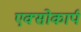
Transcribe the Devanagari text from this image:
एक्सोकार्प